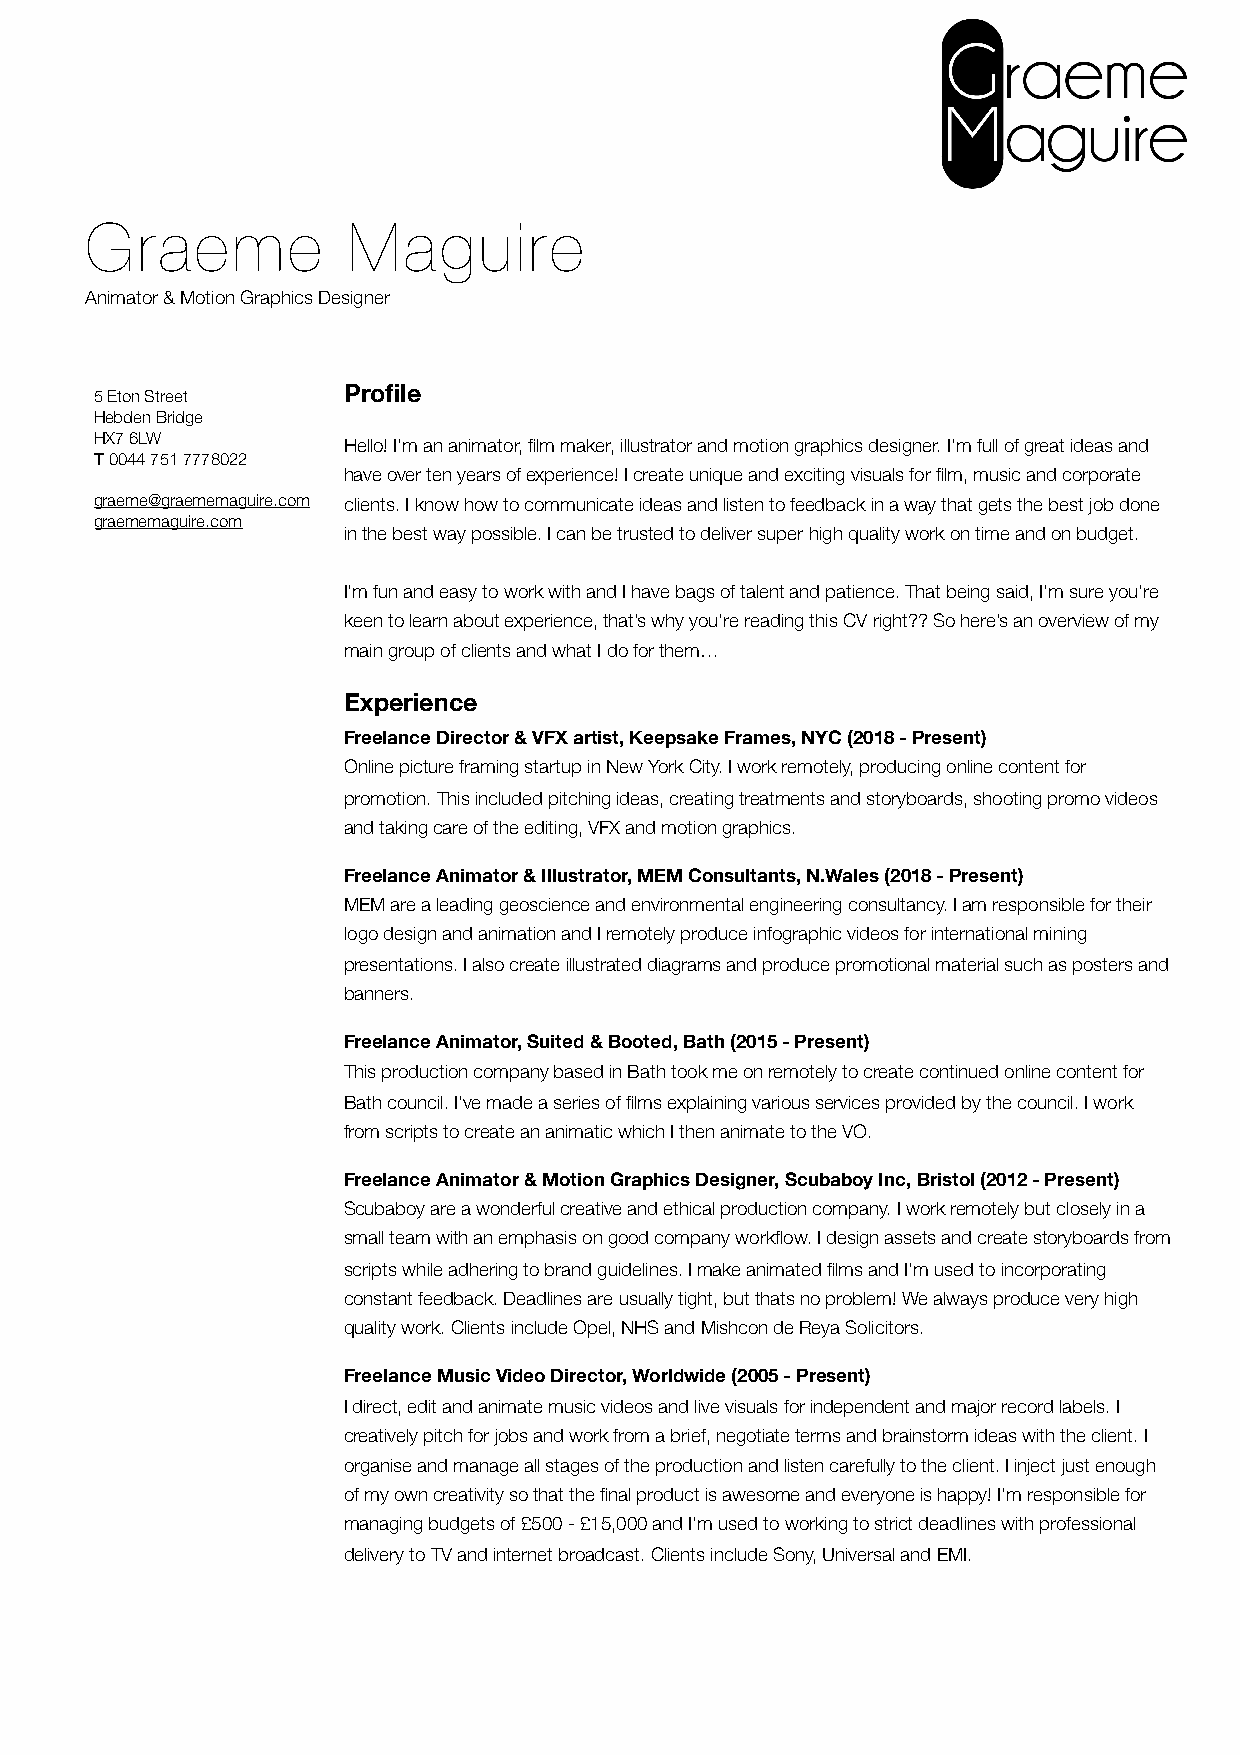
Graeme           Maguire
 Animator & Motion Graphics Designer
 Profile
 5 Eton Street
 Hebden Bridge
 HX7 6LW
 Hello! I'm an animator, film maker, illustrator and motion graphics designer. I'm full of great ideas and
 T 0044 751 7778022
 have over ten years of experience! I create unique and exciting visuals for film, music and corporate
 graeme@graememaguire.com clients. I know how to communicate ideas and listen to feedback in a way that gets the best job done
 graememaguire.com
 in the best way possible. I can be trusted to deliver super high quality work on time and on budget.
 I’m fun and easy to work with and I have bags of talent and patience. That being said, I’m sure you’re
 keen to learn about experience, that’s why you’re reading this CV right?? So here’s an overview of my
 main group of clients and what I do for them…
 Experience
 Freelance Director & VFX artist, Keepsake Frames, NYC (2018 - Present)
 Online picture framing startup in New York City. I work remotely, producing online content for
 promotion. This included pitching ideas, creating treatments and storyboards, shooting promo videos
 and taking care of the editing, VFX and motion graphics.
 Freelance Animator & Illustrator, MEM Consultants, N.Wales (2018 - Present)
 MEM are a leading geoscience and environmental engineering consultancy. I am responsible for their
 logo design and animation and I remotely produce infographic videos for international mining
 presentations. I also create illustrated diagrams and produce promotional material such as posters and
 banners.
 Freelance Animator, Suited & Booted, Bath (2015 - Present)
 This production company based in Bath took me on remotely to create continued online content for
 Bath council. I’ve made a series of films explaining various services provided by the council. I work
 from scripts to create an animatic which I then animate to the VO.
 Freelance Animator & Motion Graphics Designer, Scubaboy Inc, Bristol (2012 - Present)
 Scubaboy are a wonderful creative and ethical production company. I work remotely but closely in a
 small team with an emphasis on good company workflow. I design assets and create storyboards from
 scripts while adhering to brand guidelines. I make animated films and I’m used to incorporating
 constant feedback. Deadlines are usually tight, but thats no problem! We always produce very high
 quality work. Clients include Opel, NHS and Mishcon de Reya Solicitors.
 Freelance Music Video Director, Worldwide (2005 - Present)
 I direct, edit and animate music videos and live visuals for independent and major record labels. I
 creatively pitch for jobs and work from a brief, negotiate terms and brainstorm ideas with the client. I
 organise and manage all stages of the production and listen carefully to the client. I inject just enough
 of my own creativity so that the final product is awesome and everyone is happy! I’m responsible for
 managing budgets of £500 - £15,000 and I’m used to working to strict deadlines with professional
 delivery to TV and internet broadcast. Clients include Sony, Universal and EMI.